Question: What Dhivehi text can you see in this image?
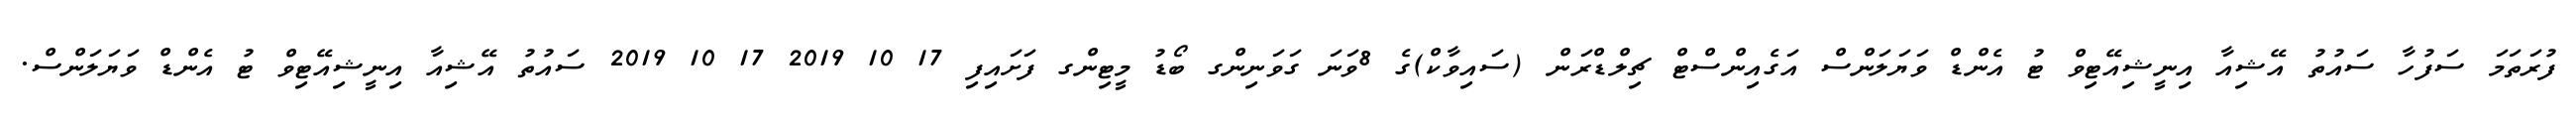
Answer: ފުރަތަމަ ސަފުހާ ސައުތު އޭޝިއާ އިނީޝިއޭޓިވް ޓު އެންޑް ވަޔަލަންސް އަގެއިންސްޓް ޗިލްޑްރަން (ސައިވާކް)ގެ 8ވަނަ ގަވަނިންގ ބޯޑު މީޓިންގ ފަށައިފި 17 10 2019 17 10 2019 ސައުތު އޭޝިއާ އިނީޝިއޭޓިވް ޓު އެންޑް ވަޔަލަންސް.